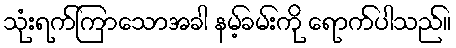
သုံးရက်ကြာသောအခါ နမ့်ခမ်းကို ရောက်ပါသည်။